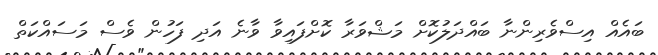
ބައެއް އިސްވެރިންނާ ބައްދަލުކޮށް މަޝްވަރާ ކޮށްފައިވާ ވާނެ އަދި ފަހުން ވެސް މަސައްކަތް